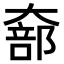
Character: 𫯵